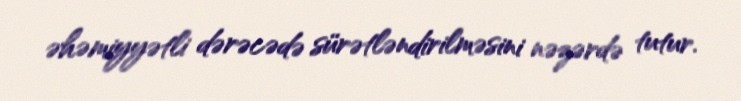
əhəmiyyətli dərəcədə sürətləndirilməsini nəzərdə tutur.